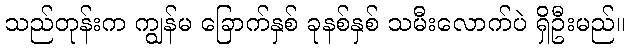
သည်တုန်းက ကျွန်မ ခြောက်နှစ် ခုနစ်နှစ် သမီးလောက်ပဲ ရှိဦးမည်။